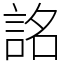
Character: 詺